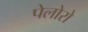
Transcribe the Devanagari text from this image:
पेलोरो